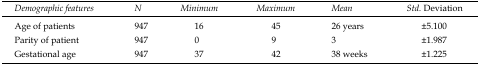
<table><thead><tr><td><b>Demographic features</b></td><td><b>N</b></td><td><b>Minimum</b></td><td><b>Maximum</b></td><td><b>Mean</b></td><td><b>Std. Deviation</b></td></tr></thead><tbody><tr><td>Age of patients</td><td>947</td><td>16</td><td>45</td><td>26 years</td><td>±5.100</td></tr><tr><td>Parity of patient</td><td>947</td><td>0</td><td>9</td><td>3</td><td>±1.987</td></tr><tr><td>Gestational age</td><td>947</td><td>37</td><td>42</td><td>38 weeks</td><td>±1.225</td></tr></tbody></table>